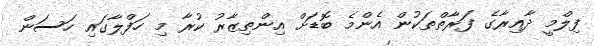
ފިލްމީ ދާއިރާގެ ފަރާތްތަކުން އެންމެ ބޮޑަށް އިންތިޒާރު ކުރާ މި ހަފްލާގައި ހަސަން